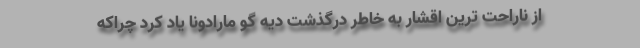
از ناراحت ترین اقشار به خاطر درگذشت دیه گو مارادونا یاد کرد چراکه